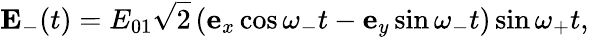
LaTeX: {\mathbf E}_{-}(t)={E}_{01}\sqrt{2}\, (\mathbf{e}_{x}\cos\omega_{-}t-\mathbf{e}_{y}\sin\omega_{-}t)\sin\omega_{+}t,